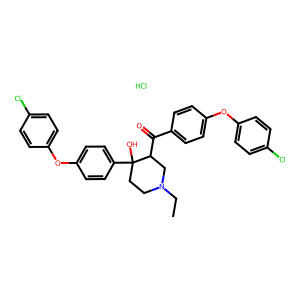
SMILES: CCN1CCC(O)(c2ccc(Oc3ccc(Cl)cc3)cc2)C(C(=O)c2ccc(Oc3ccc(Cl)cc3)cc2)C1.Cl
Inhibits HIV replication: No